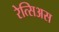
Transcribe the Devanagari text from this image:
रेत्सिअस